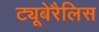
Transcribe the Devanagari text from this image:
ट्यूबेरैलिस